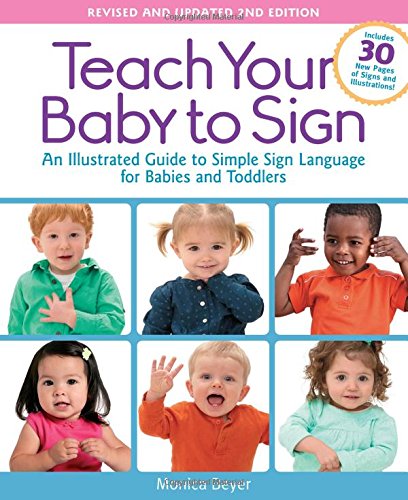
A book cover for Teach Your Baby to Sign, Revised and Updated 2nd Edition: An Illustrated Guide to Simple Sign Language for Babies and Toddlers - Includes 30 New Pages of Signs and Illustrations!; Monica Beyer; Reference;